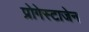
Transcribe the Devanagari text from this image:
प्रोगेस्टाजेन